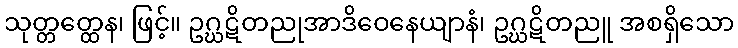
သုတ္တတ္ထေန၊ ဖြင့်။ ဥဂ္ဃဋိတညုအာဒိဝေနေယျာနံ၊ ဥဂ္ဃဋိတညူ အစရှိသော